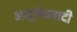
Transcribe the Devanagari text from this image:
अमूर्ततावादी